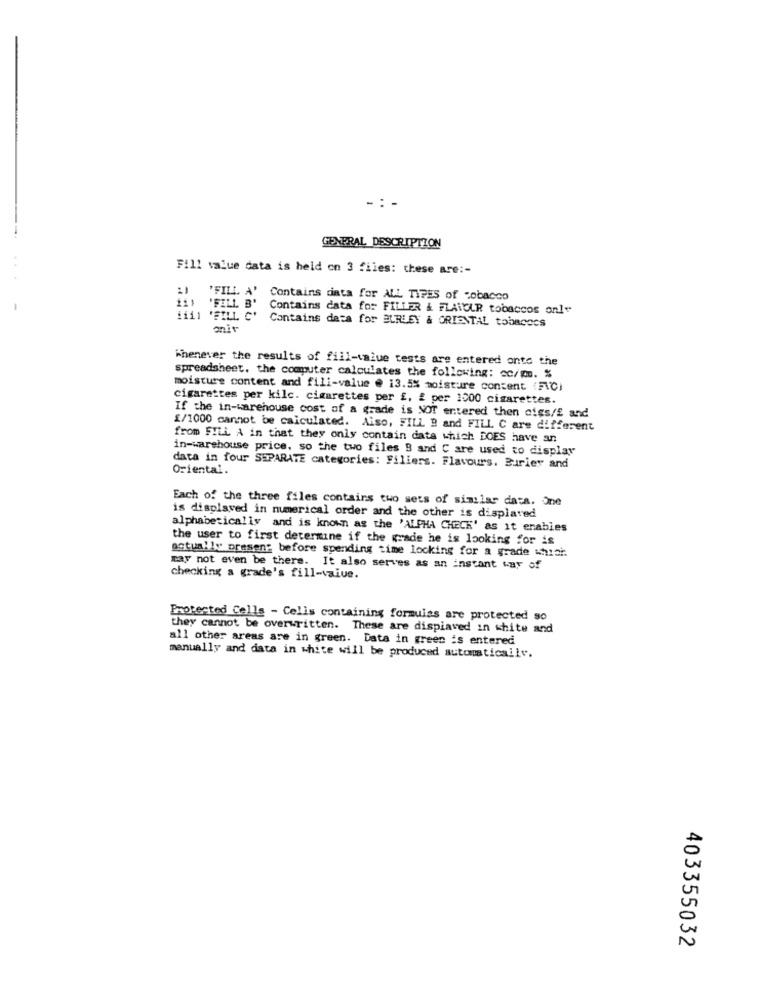
-:-
GENERAL DESCRIPTION
Fill value data is held on 3 files: these are :-
'FILL. A' Contains ciata for ALL TIPES of tobacco
"FILL B'
Contains data for FILLER & FLAVOUR tobaccos only
Hill "FILL C'
Contains data for BLRLEY & ORIENTAL tobacCCS
onit
Whenever the results of fill-value tests are entered onto the
spreadsheet. the computer calculates the following: co/go. %
moisture content and fill-value @ 13.5% moisture content (FC)
cigarettes per kilc. cigarettes per £, & per 1500 cigarettes.
If the in-warehouse cost of a grade is NOT entered then cigs/f and
£/1000 cannot be calculated. Also, FILL B and FILL C are different
from FILL A in that they only contain data which DOES have an
in-warehouse price, so the two files 8 and C are used to display
Oriental.
data in four SEPARATE categories: Fillers. Flavours. Burier and
Each of the three files contains two sets of similar data. One
is displayed in numerical order and the other is displayed
alphabetically and is known as the 'ALPHA CHECK' as it enables
the user to first determine if the grade he is looking for is
actually present before spending time looking for a grade thisi.
may not even be there. It also serves as an instant way of
checking a grade's fill-value.
Protected Cells - Cells containing formulas are protected so
they cannot be overwritten. These are dispiaved in white and
all other areas are in green. Data in green is entered
manually and data in white will be produced automatically.
403355032